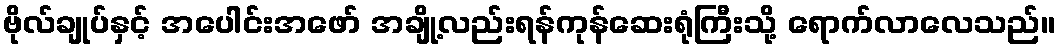
ဗိုလ်ချုပ်နှင့် အပေါင်းအဖော် အချို့လည်းရန်ကုန်ဆေးရုံကြီးသို့ ရောက်လာလေသည်။